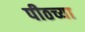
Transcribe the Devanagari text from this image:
पीठच्या